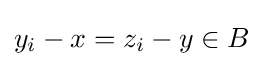
y_{i}-x=z_{i}-y\in B